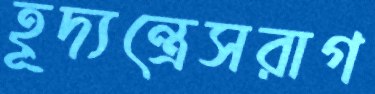
হূদ্যন্ত্রেসরাগ